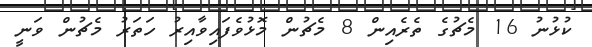
ކުޅުނު 16 މެޗުގެ ތެރެއިން 8 މެޗުން މޮޅުވެފައިވާއިރު ހަތަރު މެޗުން ވަނީ